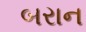
બરાન